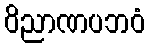
ဝိညာဏပဘဝံ